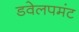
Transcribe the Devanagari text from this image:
डवेलपमंट